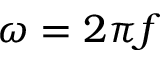
\omega = 2 \pi f